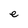
Character: e